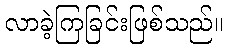
လာခဲ့ကြခြင်းဖြစ်သည်။